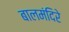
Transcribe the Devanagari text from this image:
बालमंदिरे